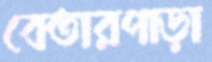
বেতারপাড়া